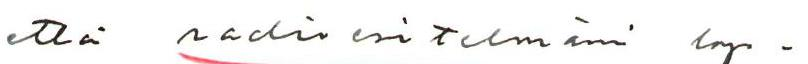
että radioesitelmäni lop-